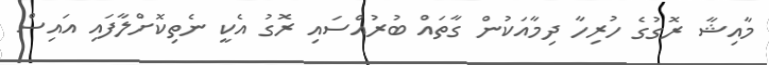
މާއިޝާ ރޮގުގެ ހުރިހާ ދިމާއަކުން ގާތައް ބުރުއްސައި ރޮގު އެކީ ނެތިކޮށްލާފައި އައިސް